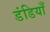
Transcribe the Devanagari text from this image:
डंडियाँ